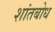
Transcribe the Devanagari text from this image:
शांतबोध